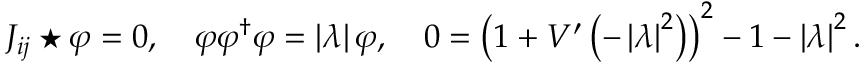
J _ { i j } \star \varphi = 0 , \quad \varphi \varphi ^ { \dagger } \varphi = \left| \lambda \right| \varphi , \quad 0 = \left( 1 + V ^ { \prime } \left( - \left| \lambda \right| ^ { 2 } \right) \right) ^ { 2 } - 1 - \left| \lambda \right| ^ { 2 } .